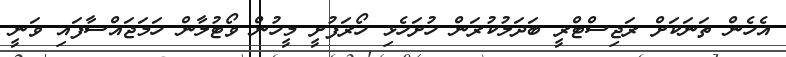
އެހެން ތަނަކަށް ރަޖިސްޓްރީ ބަދަލުކުރަން ހުށަހެޅި ހޯރަފުށީ މީހުން ވޯޓުލާން ހަމަޖައްސާފައި ވަނީ